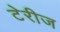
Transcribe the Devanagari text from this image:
टेरीज